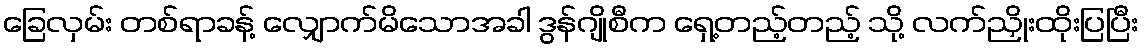
ခြေလှမ်း တစ်ရာခန့် လျှောက်မိသောအခါ ဒွန်ဂျိုစီက ရှေ့တည့်တည့် သို့ လက်ညှိုးထိုးပြပြီး